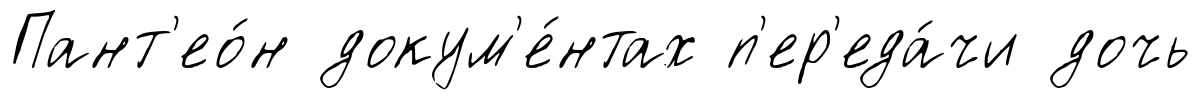
Пант'ео́н докум'е́нтах п'ер'еда́чи дочь